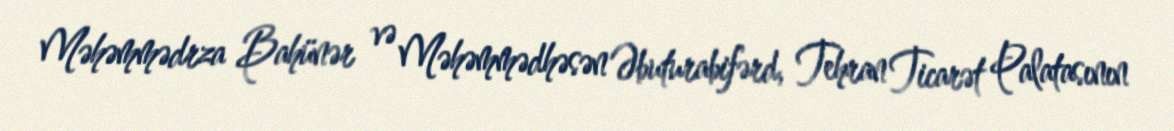
Məhəmmədrza Bahünər və Məhəmmədhəsən Əbuturabifərd, Tehran Ticarət Palatasının